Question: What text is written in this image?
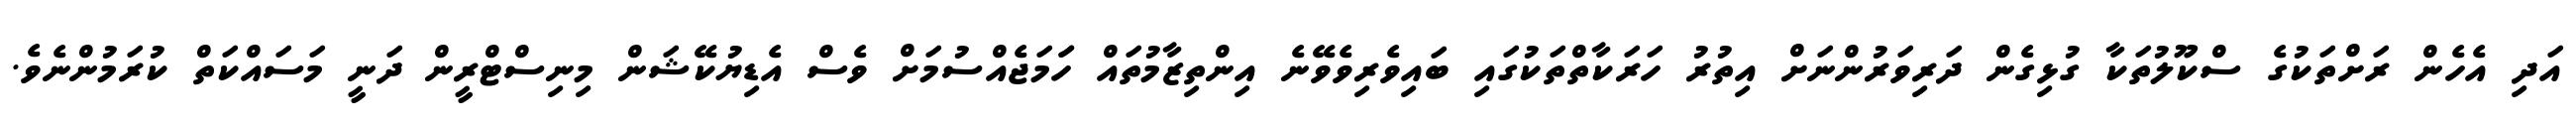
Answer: އަދި އެހެން ރަށްތަކުގެ ސްކޫލުތަކާ ގުޅިގެން ދަރިވަރުންނަށް އިތުރު ހަރަކާތްތަކުގައި ބައިވެރިވެވޭނެ އިންތިޒާމުތައް ހަަމަޖެއްސުމަށް ވެސް އެޑިޔުކޭޝަން މިނިސްޓްރީން ދަނީ މަސައްކަތް ކުރަމުންނެވެ.